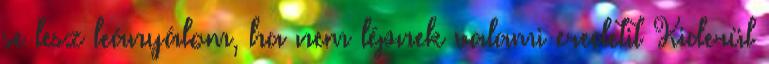
se lesz leányálom, ha nem lépnek valami eredetit Kiderül